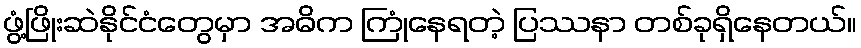
ဖွံ့ဖြိုးဆဲနိုင်ငံတွေမှာ အဓိက ကြုံနေရတဲ့ ပြဿနာ တစ်ခုရှိနေတယ်။